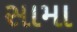
સામા